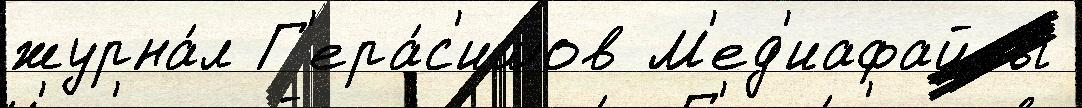
журна́л Г'ера́с'имов М'ед'иафайлы